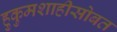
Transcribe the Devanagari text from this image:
हुकुमशाहीसोबत